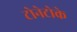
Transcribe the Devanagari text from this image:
टोनेटोके